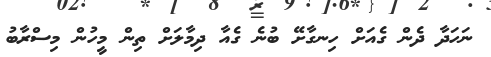
ނަހަދާ ދެން ގެއަށް ހިނގާށޭ ބުނެ ގެއާ ދިމާލަށް ތިން މީހުން މިސްރާބު